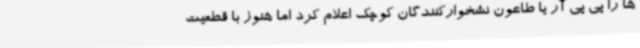
ها را پی پی آر یا طاعون نشخوارکنندگان کوچک اعلام کرد اما هنوز با قطعیت